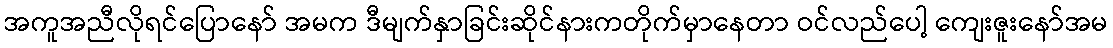
အကူအညီလိုရင်ပြောနော် အမက ဒီမျက်နှာခြင်းဆိုင်နားကတိုက်မှာနေတာ ဝင်လည်ပေါ့ ကျေးဇူးနော်အမ